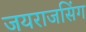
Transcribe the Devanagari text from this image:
जयराजसिंग